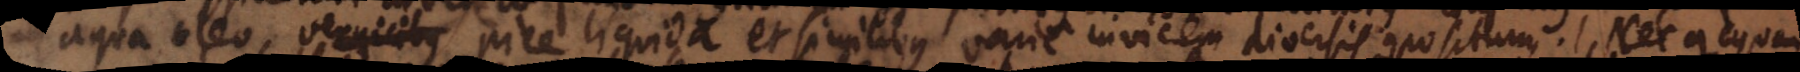
aqua, oleo, vernicibus pice liquida et similibus varie invicem diversis compositum. Nec quicquam